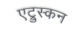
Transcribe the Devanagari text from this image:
एट्रुस्कन